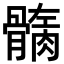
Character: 𩪏